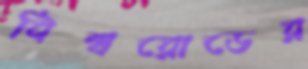
বিশ্বরোডের